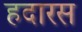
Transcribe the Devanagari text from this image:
हदारस